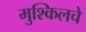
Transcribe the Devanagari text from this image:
मुश्किलचे